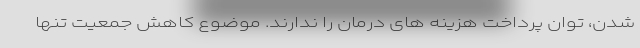
شدن، توان پرداخت هزینه های درمان را ندارند. موضوع کاهش جمعیت تنها